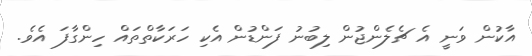
އާކުުން ވަނީ އެ ޗެލެންޖުން ލިބުނު ފަންޑުން އެކި ހަރަކާތްތައް ހިންގާފަ އެވެ.